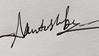
Signature authenticity: genuine